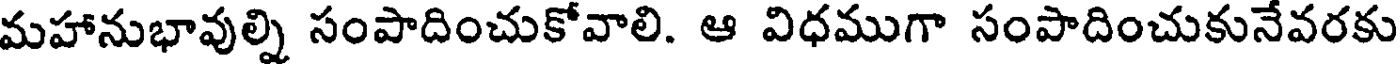
మహానుభావుల్ని సంపాదించుకోవాలి. ఆ విధముగా సంపాదించుకునేవరకు